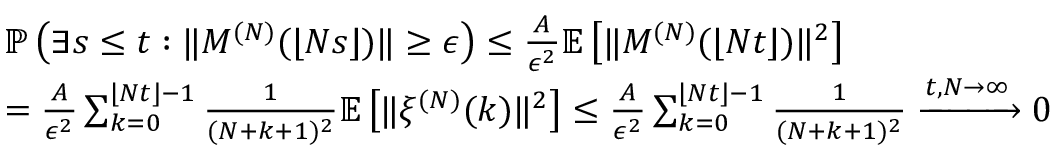
\begin{array} { r l } & { \mathbb { P } \left( \exists s \le t : \| M ^ { ( N ) } ( \lfloor N s \rfloor ) \| \ge \epsilon \right) \le \frac { A } { \epsilon ^ { 2 } } \mathbb { E } \left[ \| M ^ { ( N ) } ( \lfloor N t \rfloor ) \| ^ { 2 } \right] } \\ & { = \frac { A } { \epsilon ^ { 2 } } \sum _ { k = 0 } ^ { \lfloor N t \rfloor - 1 } \frac { 1 } { ( N + k + 1 ) ^ { 2 } } \mathbb { E } \left[ \| \xi ^ { ( N ) } ( k ) \| ^ { 2 } \right] \le \frac { A } { \epsilon ^ { 2 } } \sum _ { k = 0 } ^ { \lfloor N t \rfloor - 1 } \frac { 1 } { ( N + k + 1 ) ^ { 2 } } \xrightarrow { t , N \to \infty } 0 } \end{array}